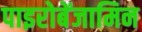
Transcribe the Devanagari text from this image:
पाइरोबेंजामिन